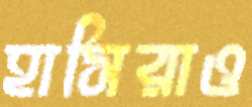
হাসিরাও